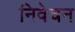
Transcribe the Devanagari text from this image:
निवेचन